Civil Veterinary Department. Central Provinces & Berar 1932-41 - 1932-1941
Year: 1932
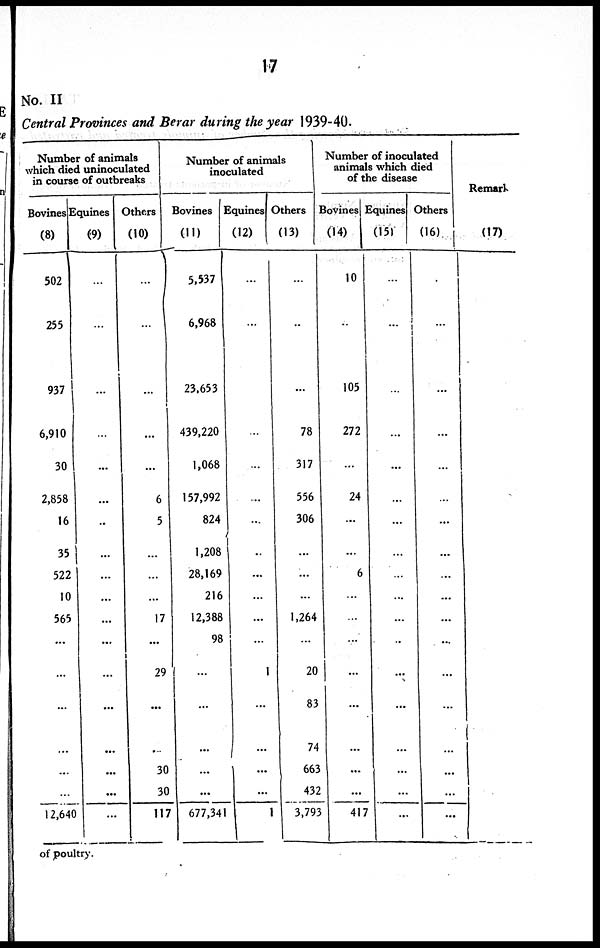
17
No. II
Central Provinces and Berar during the year 1939-40.
Number of animals
which died uninoculated
in course of outbreaks
Bovines
(8)
502
255
937
6,910
30
2,858
16
35
522
10
565
...
...
...
...
...
...
12,640
Equities
(9)
...
...
...
...
...
...
..
...
...
...
...
...
...
...
...
...
...
...
Others
(10)
...
...
...
...
...
6
5
...
...
...
17
...
29
...
...
30
30
117
Number of animals
inoculated
Bovines
(11)
5,537
6,968
23,653
439,220
1,068
157,992
824
1,208
28,169
216
12,388
98
...
...
...
...
...
677,341
Equines
(12)
...
...
...
...
...
...
...
...
...
...
...
...
1
...
...
...
...
1
Others
(13)
...
...
...
78
317
556
306
...
...
...
1,264
...
20
83
74
663
432
3,793
Number of inoculated
animals which died
of the disease
Bovines
(14)
10
...
105
272
...
24
...
...
6
..
...
...
...
...
...
...
...
417
Equines
(15)
...
...
...
...
...
...
...
...
...
...
...
..
...
...
...
...
...
...
Others
(16)
...
...
...
...
...
...
...
...
...
...
...
...
...
...
...
...
...
Remark
(17)
of poultry.